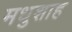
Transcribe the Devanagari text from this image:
मधुशाह